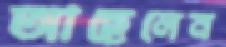
আছেলেন